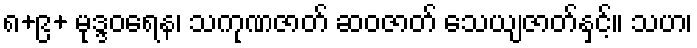
၈+၉+ မုဒ္ဒဝရေန၊ သကုဏဇာတ် ဆဝဇာတ် သေယျဇာတ်နှင့်။ သဟ၊